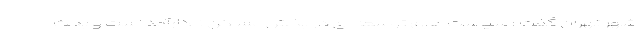
شهر تهران گفت : سیاست های توسعه ای در بخش مسکن ناکارآمد است و بحث